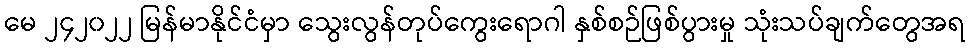
မေ ၂၄၂၀၂၂ မြန်မာနိုင်ငံမှာ သွေးလွန်တုပ်ကွေးရောဂါ နှစ်စဉ်ဖြစ်ပွားမှု သုံးသပ်ချက်တွေအရ